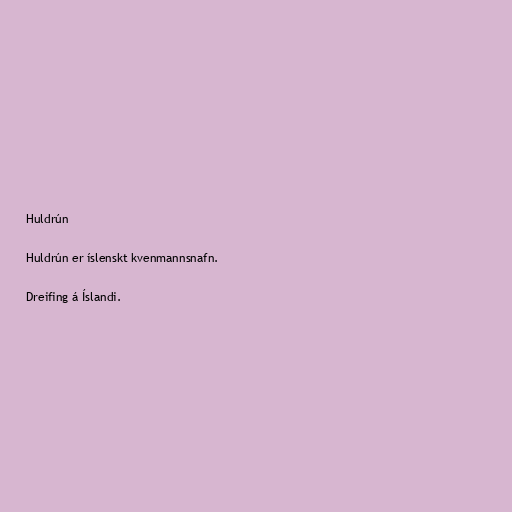
Huldrún

Huldrún er íslenskt kvenmannsnafn.

Dreifing á Íslandi.